Annual report on the health of the army in India
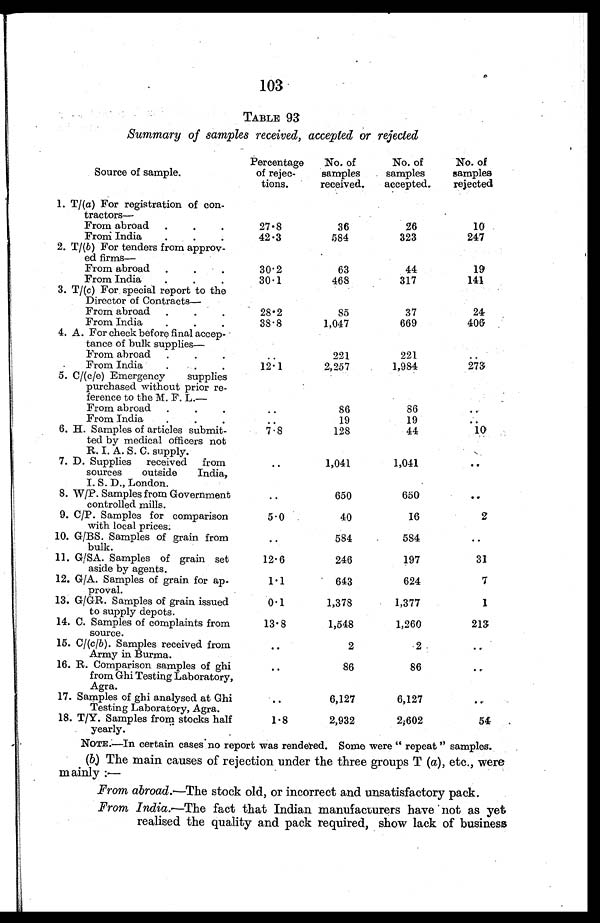
103
TABLE 93
Summary of samples received, accepted or rejected
Source of sample.
Percentage
of rejec
¬tions.
No. of
samples
received.
No. of
samples
accepted.
No. of
samples
rejected
1. T/(a) For registration of con
¬tractors
From abroad
.
.
.
27.8
36
26
10
From India
.
.
.
42.3
584
323
247
2. T/(b ) For tenders from approv
¬ed firms
From abroad
.
.
.
30.2
63
44
19
From India
.
.
.
30.1
468
317
141
3. T/(c ) For special report to the
Director of Contracts
From abroad
.
.
.
28.2
85
37
24
From India
.
.
.
38.8
1,047
669
406
4. A. For check before final accep
¬tance of bulk supplies
From abroad.
. .
. .
221
221
..
From India
.
.
.
12.1
2,257
1,984
273
5. C/( c/e) Emergency
supplies
purchased without prior re
¬ference to the M. F. L.
From abroad
.
.
. .
86
86
. .
From India
. .
. .
19
19
. .
6. H. Samples of articles submit
¬ted by medical officers not
R. I. A. S. C. supply.
7.8
128
44
1 0
7. D. Supplies
received fro
m sources
outside
India,
I. S. D., London.
. .
1 , 0 4 1
1,041
. .
8. W/P. Samples from Government
controlled mills.
..
650
650
. .
9. C/P. Samples for comparison
with local prices.
5.0
40
16
2
10. G/BS. Samples of grain from
bulk.
..
584
584
. .
11. G/ SA. Samples of grain set
aside by agents.
12. 6
246
197
31
12. G/A. Samples of grain for ap
¬proval.
1.1
643
624
7
13. G/GR. Samples of grain issued
to supply depots.
0.1
1,378
1,377
1
14. C. Samples of complaints from
source.
13.8
1,548
1,260
213
15. C/(c/b ). Samples received from
Army in Burma.
. .
2
2
. .
16. R. Comparison samples of ghi
from Ghi Testing Laboratory,
Agra.
..
86
86
. .
17. Samples of ghi analysed at Ghi
Testing Laboratory, Agra.
. .
6,127
6,127
18. T/Y. Samples from stocks half
yearly.
1.8
2,932
2,602
54
NOTE.—In certain cases no report was rendered. Some were " repeat" samples.
(b) The main causes of rejection under the three groups T (a), etc., were
mainly :—
From abroad .—The stock old, or incorrect and unsatisfactory pack.
From India .—The fact that Indian manufacturers have not as yet
realised the quality and pack required, show lack of business